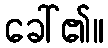
ခေါ်၏။